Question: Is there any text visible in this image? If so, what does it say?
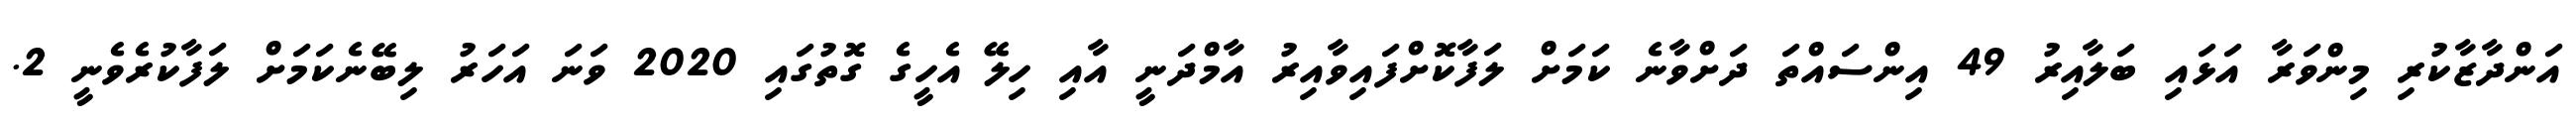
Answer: އަންދާޒާކުރި މިންވަރާ އަޅައި ބަލާއިރު 49 އިންސައްތަ ދަށްވާނެ ކަމަށް ލަފާކޮށްފައިވާއިރު އާމްދަނީ އާއި ހިލޭ އެހީގެ ގޮތުގައި 2020 ވަނަ އަހަރު ލިބޭނެކަމަށް ލަފާކުރެވެނީ 2.